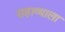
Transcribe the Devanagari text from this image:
सहाव्याला